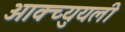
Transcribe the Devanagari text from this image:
आक्च्युयली